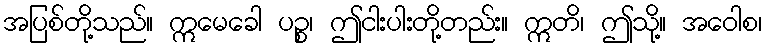
အပြစ်တို့သည်။ ဣမေခေါ ပဉ္စ၊ ဤငါးပါးတို့တည်း။ ဣတိ၊ ဤသို့။ အဝေါစ၊